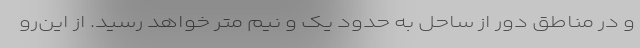
و در مناطق دور از ساحل به حدود یک و نیم متر خواهد رسید. از این‌رو